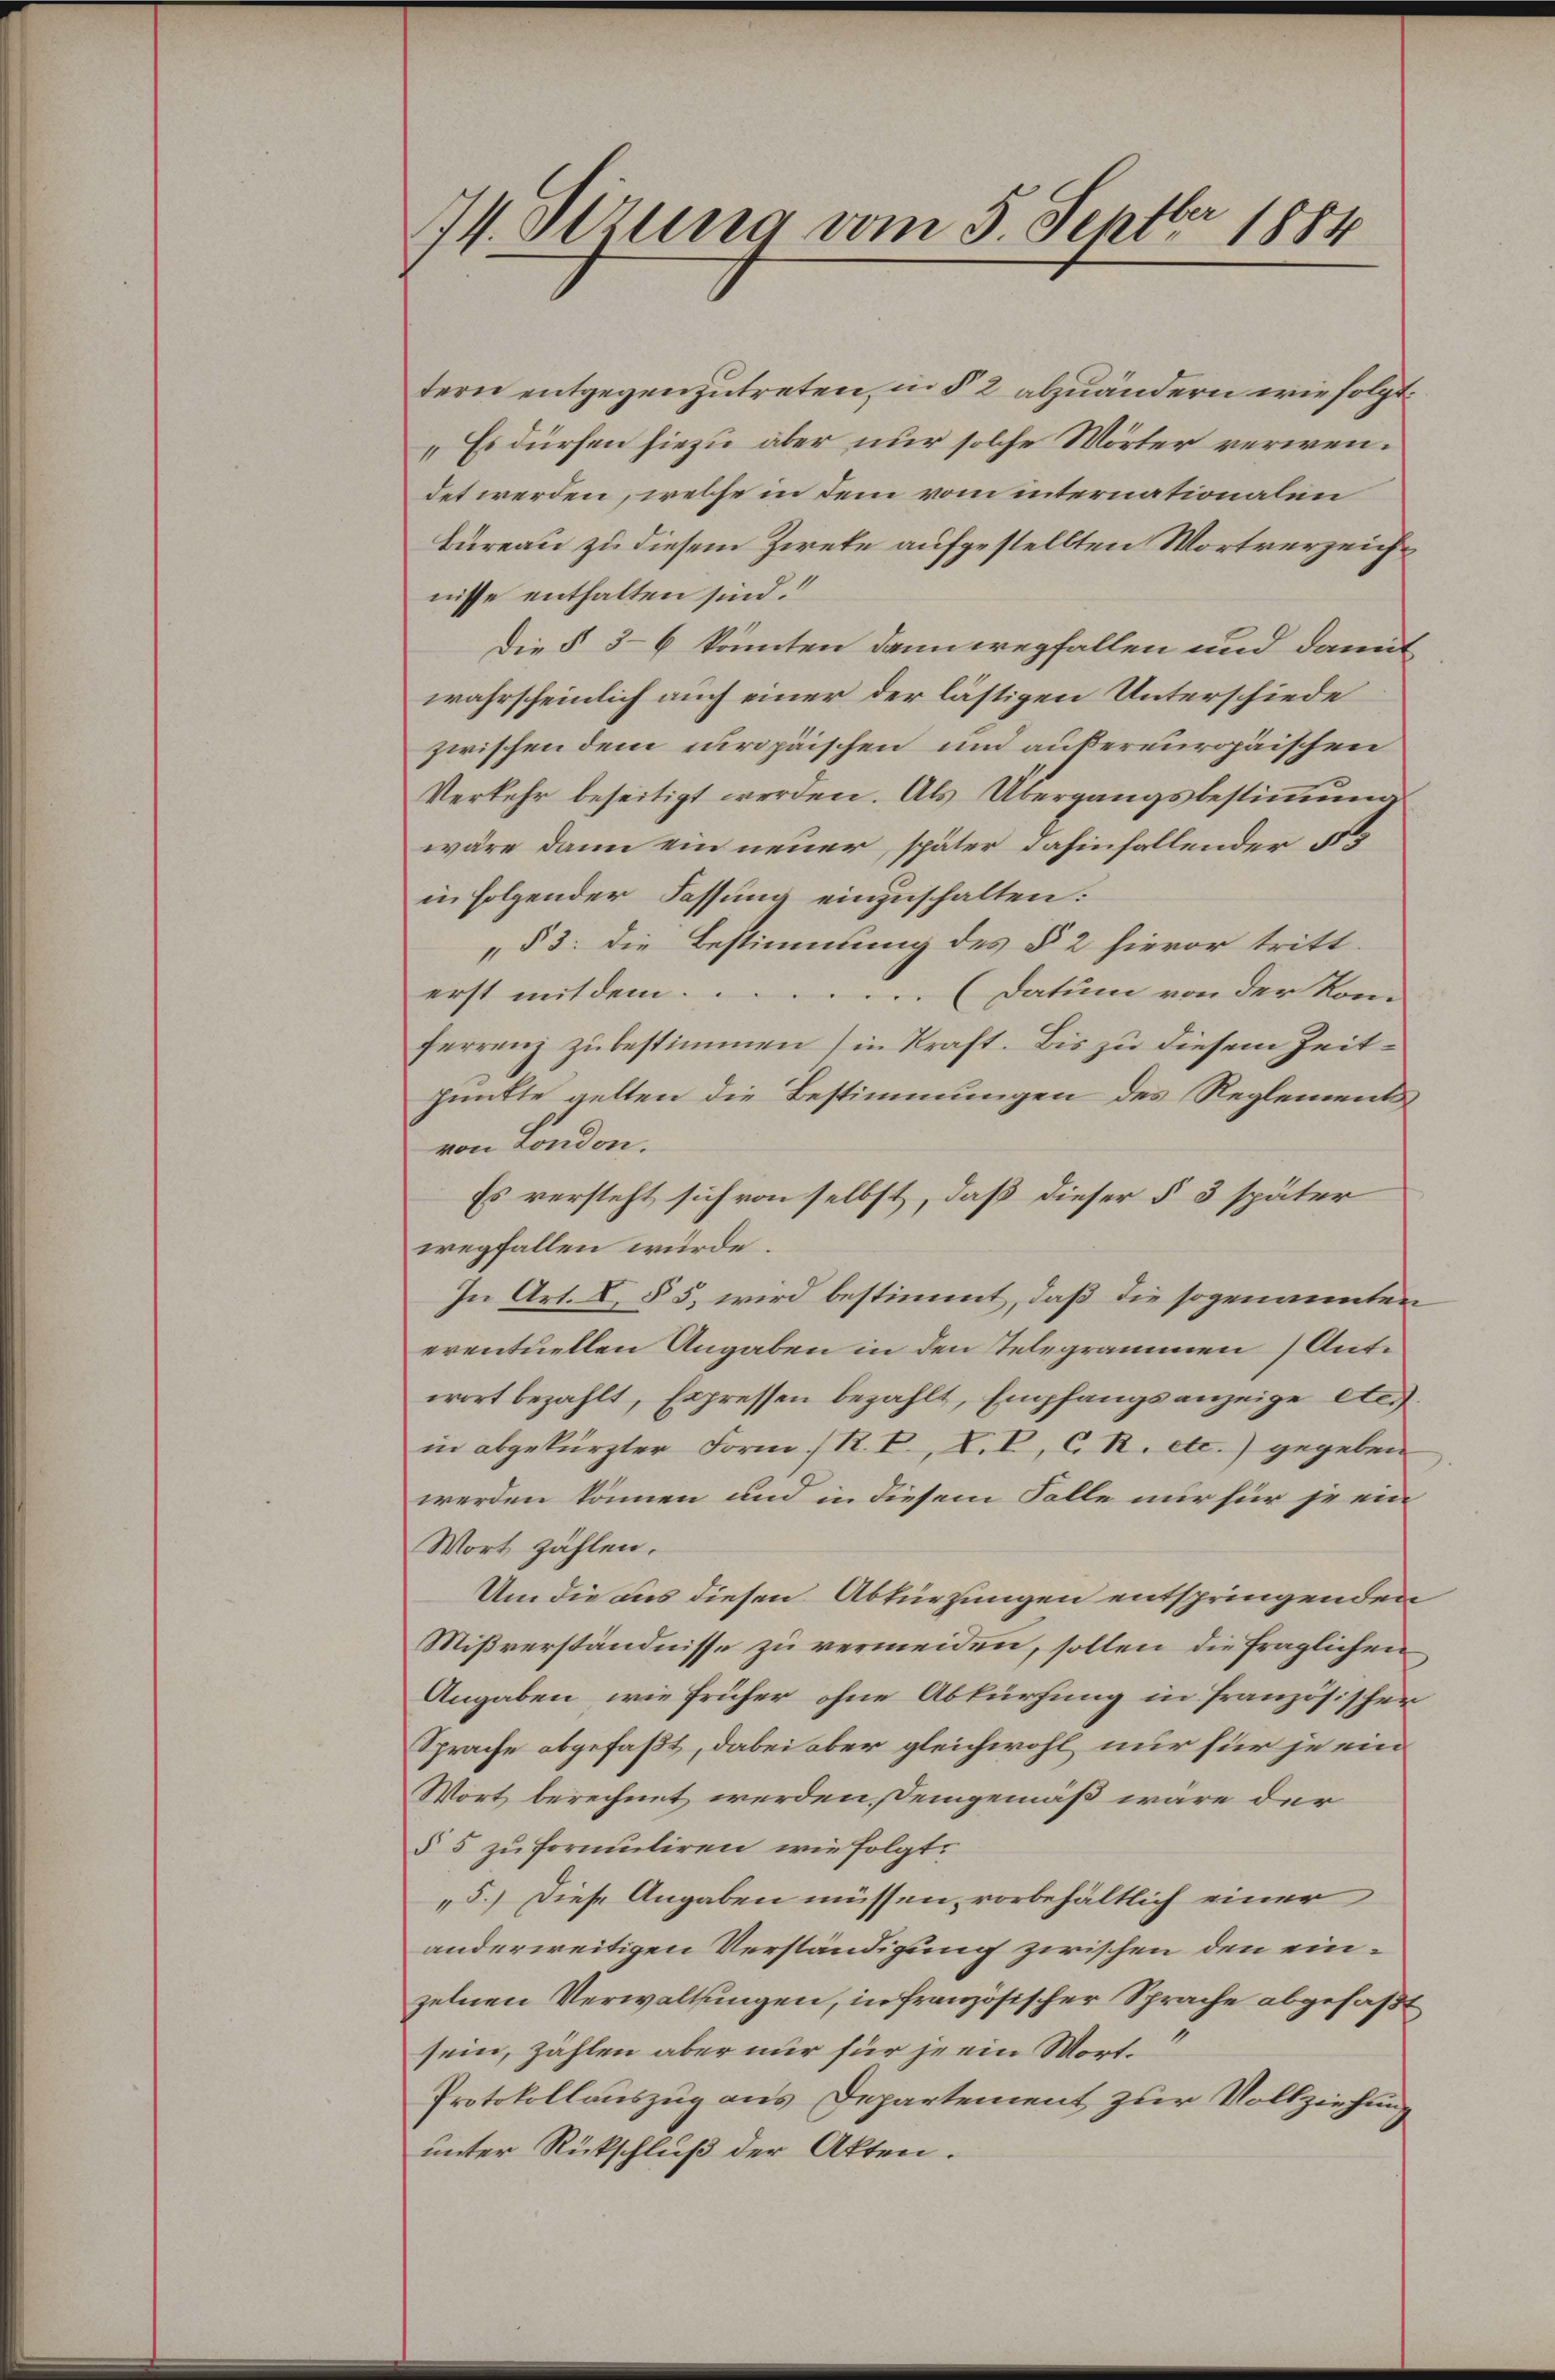
174. Ottung vom 5. Septbr 1884

tern entgegenzutreten, in § 2 abzuändern wie folgt.
„Es dürfen hiezu aber nur solche Wörter verwendet werden, welche in dem vom internationalen
bureau zu diesem Zieke aufgestellten Wortverzeichnisse enthalten sind.“
Die § 36 könnten dann wegfallen und damit
wahrscheinlich auch einer der lästigen Unterschiede
zwischen dem europäischen und außereuropäischen
Verkehr beseitigt werden. Als Übergangsbestimmung
wäre dann ein neuer, später dahinfallender § 3
in folgender Fassung einzuschalten:
„§ 3: Die Bestimmung des § 2 hievor tritt.
erst mit dem
(Datum von der Kom
ferrenz zu bestimmen in Kraft. Bis zu diesem Zeitpunkte gelten die Bestimmungen des Reglements
von London.
Es versteht sich von selbst, daß dieser § 3 später
wegfallen würde.
In Art. I, § 5, wird bestimmt, daß die sogenannten
eventuellen Angaben in den Telegrammen Antwort bezahlt, Expressen bezahlt, Empfangsanzeige etc.
in abgekürzter Form R. V., L. P. C. R. etc.) gegeben
werden können und in diesem Falle nur für je ein
Wort zählen.
Um die aus diesen Abkürzungen entspringenden
Mißverständnisse zu vermeiden, sollen die fraglichen
Angaben, wie früher ohne Abkürfung in französischer
Sprache abgefaßt, dabei aber gleichwohl nur für je ein
Wort berechnet werden, Deingemäß wäre der
§ 5 zu formuliren wie folgt.
5.) Diese Angaben müssen, vorbehältlich einer
anderweitigen Verständigung zwischen den einzelnen Verwaltungen, in französischer Sprache abgefaßt
u
sein, zählen aber nur für je ein Wort.
Protokollauszug aus Departement zur Vollziehung
unter Rückschluß der Akten.